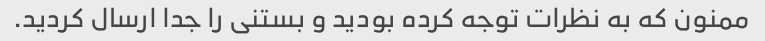
ممنون که به نظرات توجه کرده بودید و بستنی را جدا ارسال کردید.